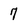
Character: 7